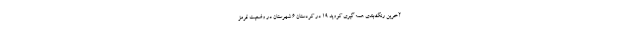
آخرین رنگ‌بندی همه گیری کووید ۱۹ در کردستان ۶ شهرستان در وضعیت قرمز